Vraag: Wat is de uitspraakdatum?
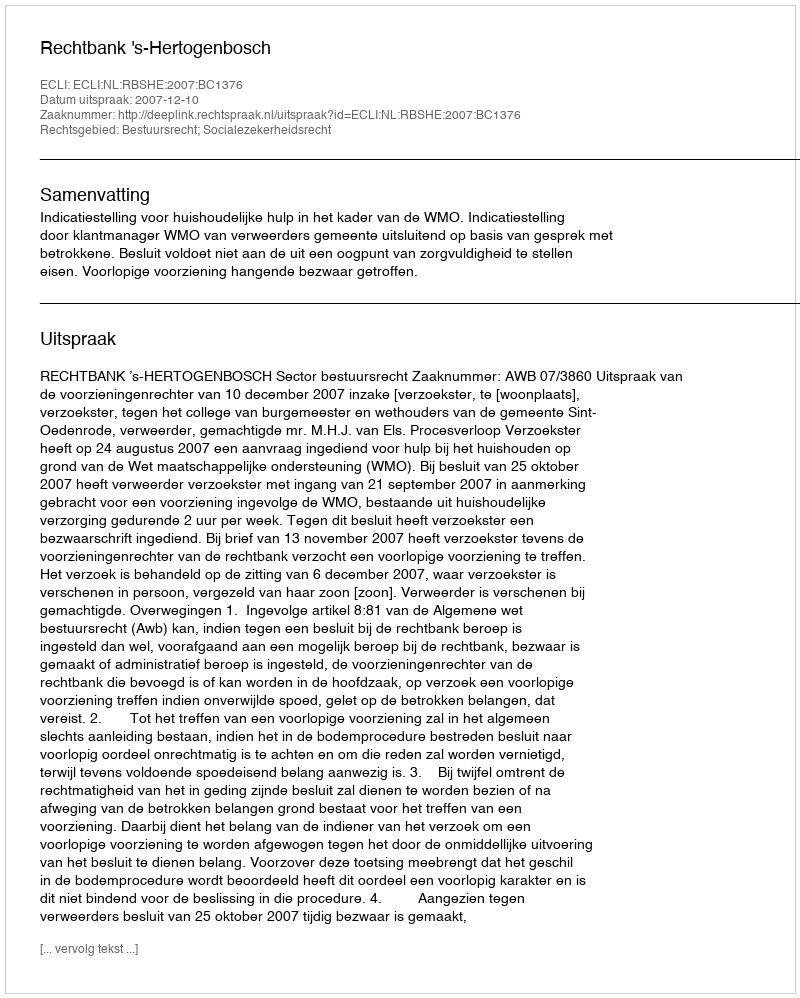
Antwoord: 2007-12-10